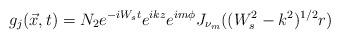
LaTeX: \begin{align*}g_j(\vec{x},t)=N_2e^{-iW_st}e^{ikz}e^{im\phi}J_{\nu_m}((W_s^2-k^2)^{1/2}r)\end{align*}